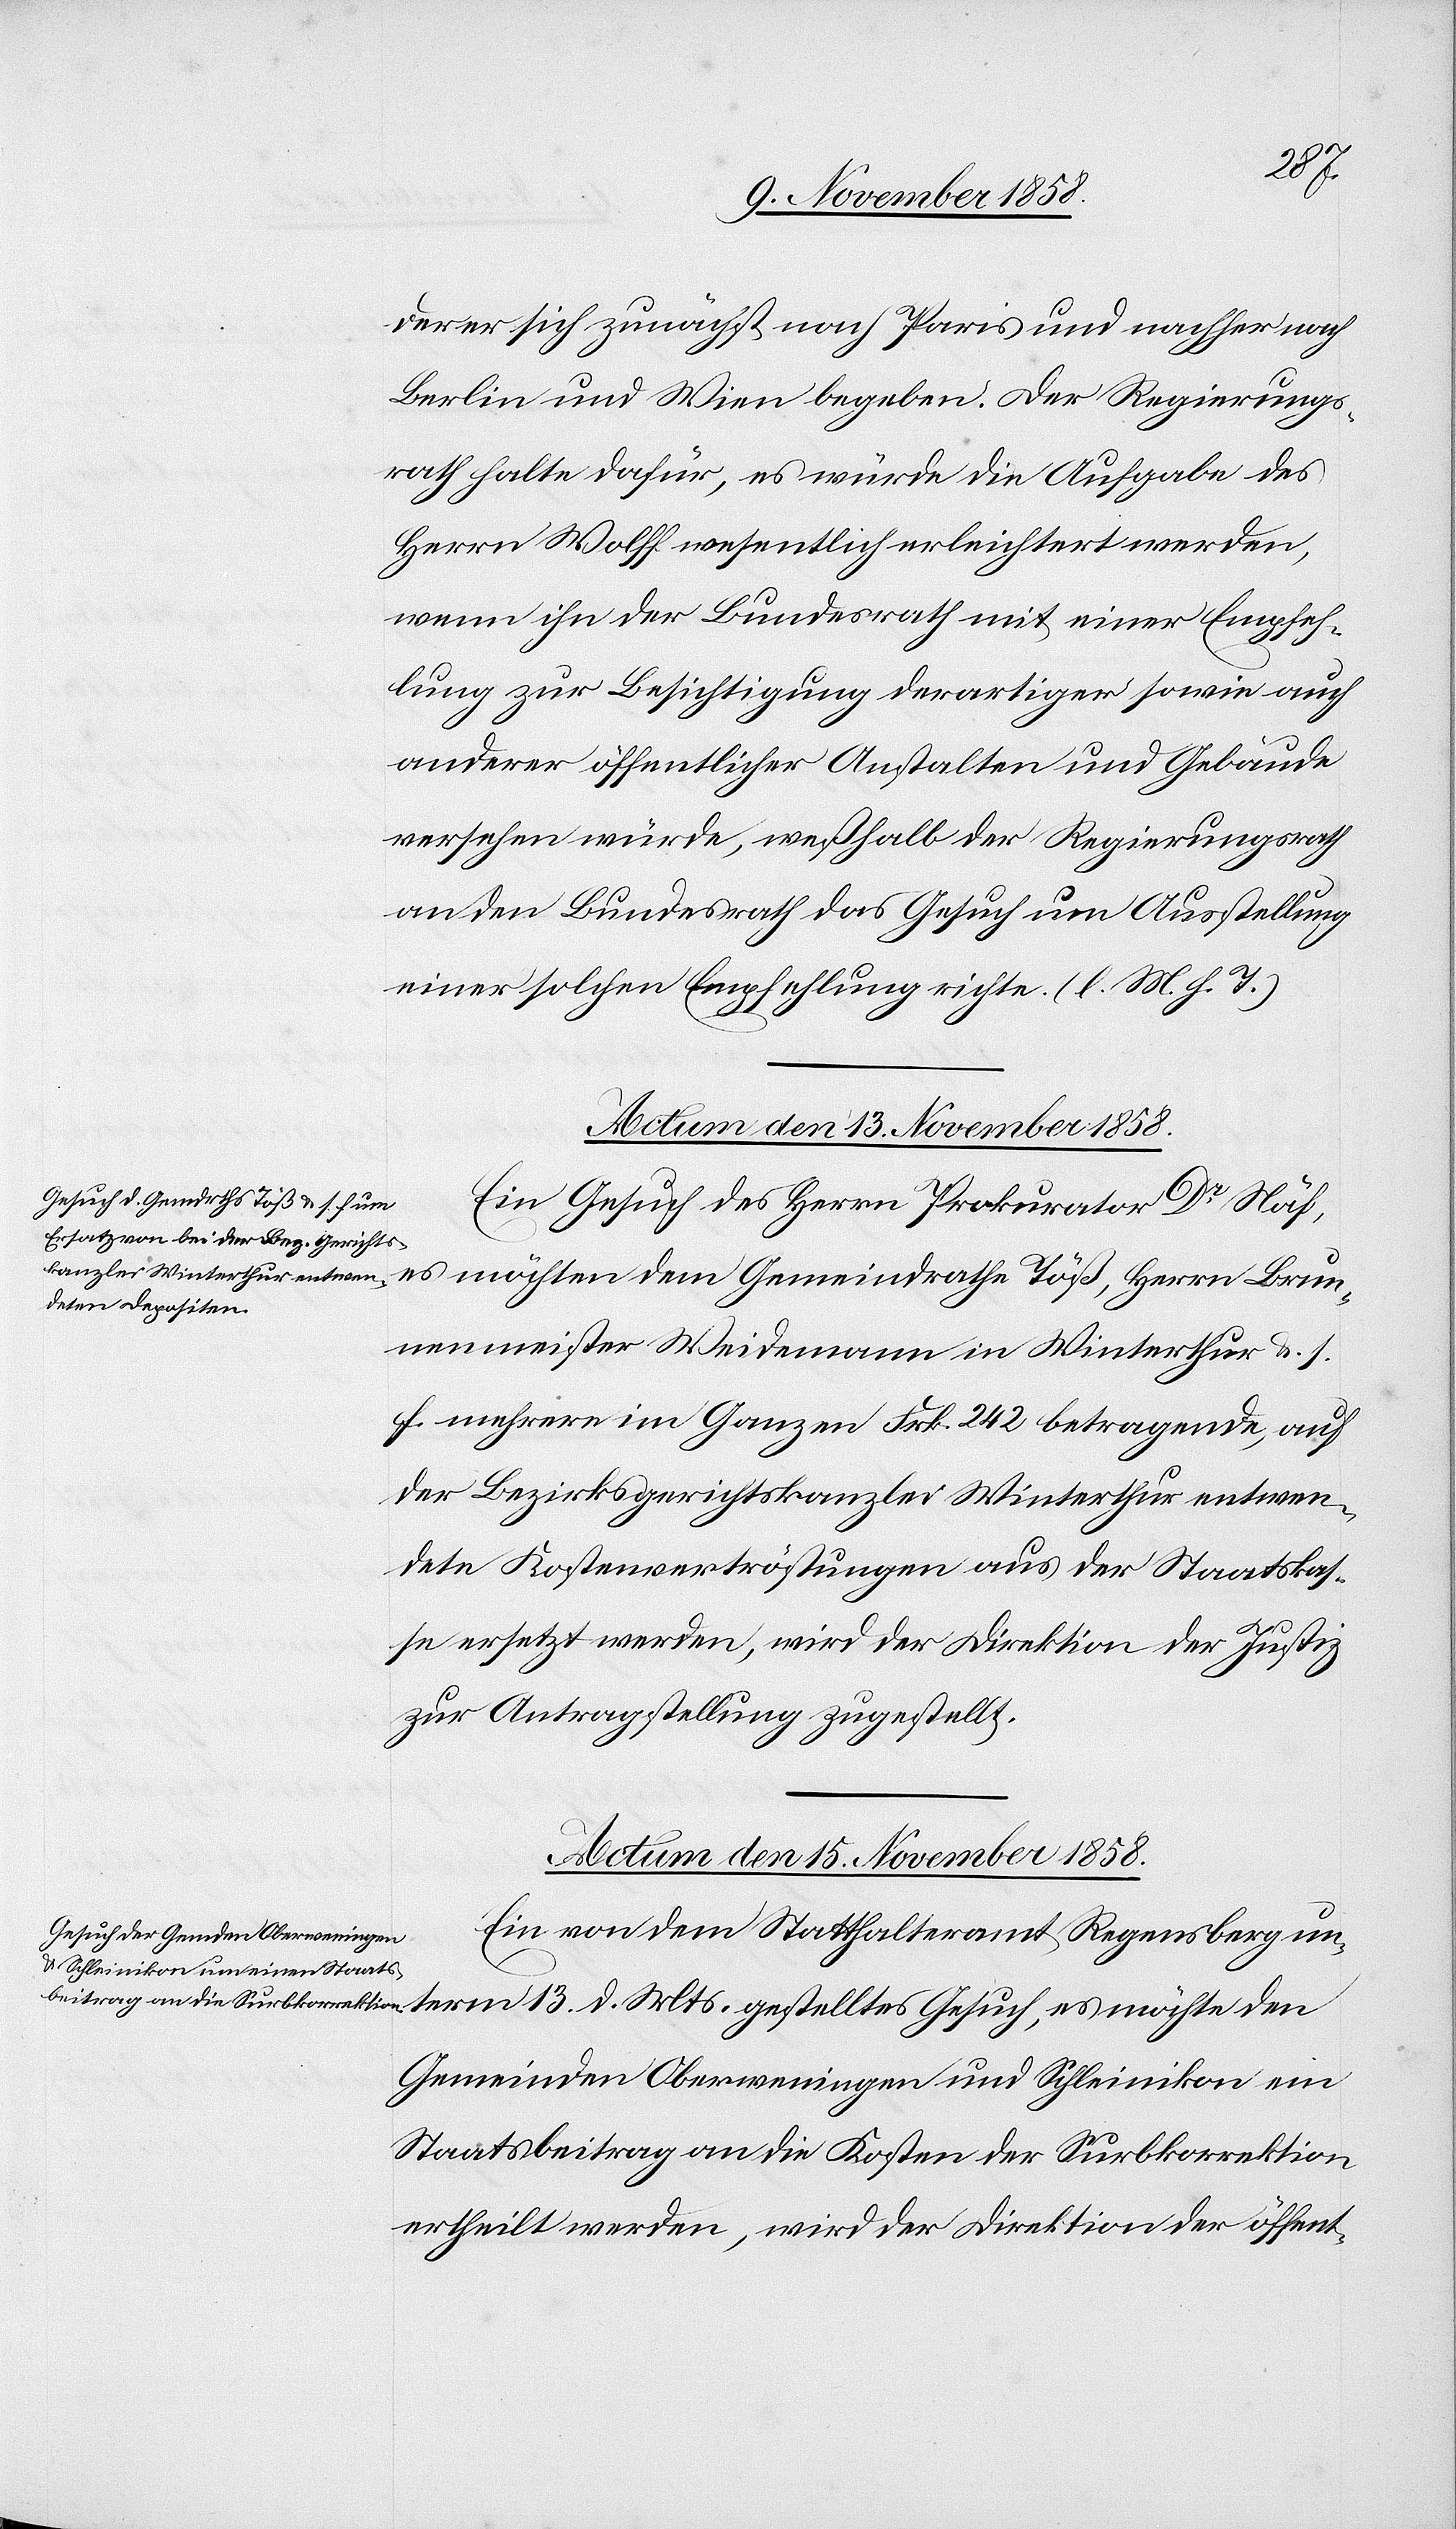
den
er sich zunächst nach Paris und nachher nach
Berlin und Wien begeben. Der Regierungs¬
rath halte dafür, es würde die Aufgabe des
Herrn Wolff wesentlich erleichtert werden,
wenn ihn der Bundesrath mit einer Empfeh¬
lung zur Besichtigung derartiger sowie auch
anderer öffentlicher Anstalten und Gebäude
versehen würde, weßhalb der Regierungsrath
an den Bundesrath das Gesuch um Ausstellung
einer solchen Empfehlung richte. (l. M. h. T.)
Actum den 13. November 1858.
Ein Gesuch des Herrn Prokurator Dr Näf,
es möchten dem Gemeindrathe Töß, Herrn Brun¬
nenmeister Weidemann in Winterthur &. s.
f. mehrere im Ganzen Frk. 242 betragende, auf
der Bezirksgerichtskanzlei Winterthur entwen¬
dete Kostenvertröstungen aus der Staatskas¬
se ersetzt werden, wird der Direktion der Justiz
zur Antragstellung zugestellt.
Actum den 15. November 1858.
Ein von dem Statthalteramt Regensberg un¬
Gemeinden Oberweningen und Schleinikon ein
Staatsbeitrag an die Kosten der Surbkorrektion
ertheilt werden, wird der Direktion der öffent-